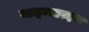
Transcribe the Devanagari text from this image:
वाइन्स्टाइन